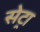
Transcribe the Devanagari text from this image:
सेट्रा